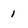
Character: 1